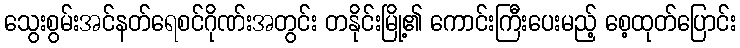
သွေးစွမ်းအင်နတ်ရေစင်ဂိုဏ်းအတွင်း တနိုင်းမြို့၏ ကောင်းကြီးပေးမည့် စေ့ထုတ်ပြောင်း